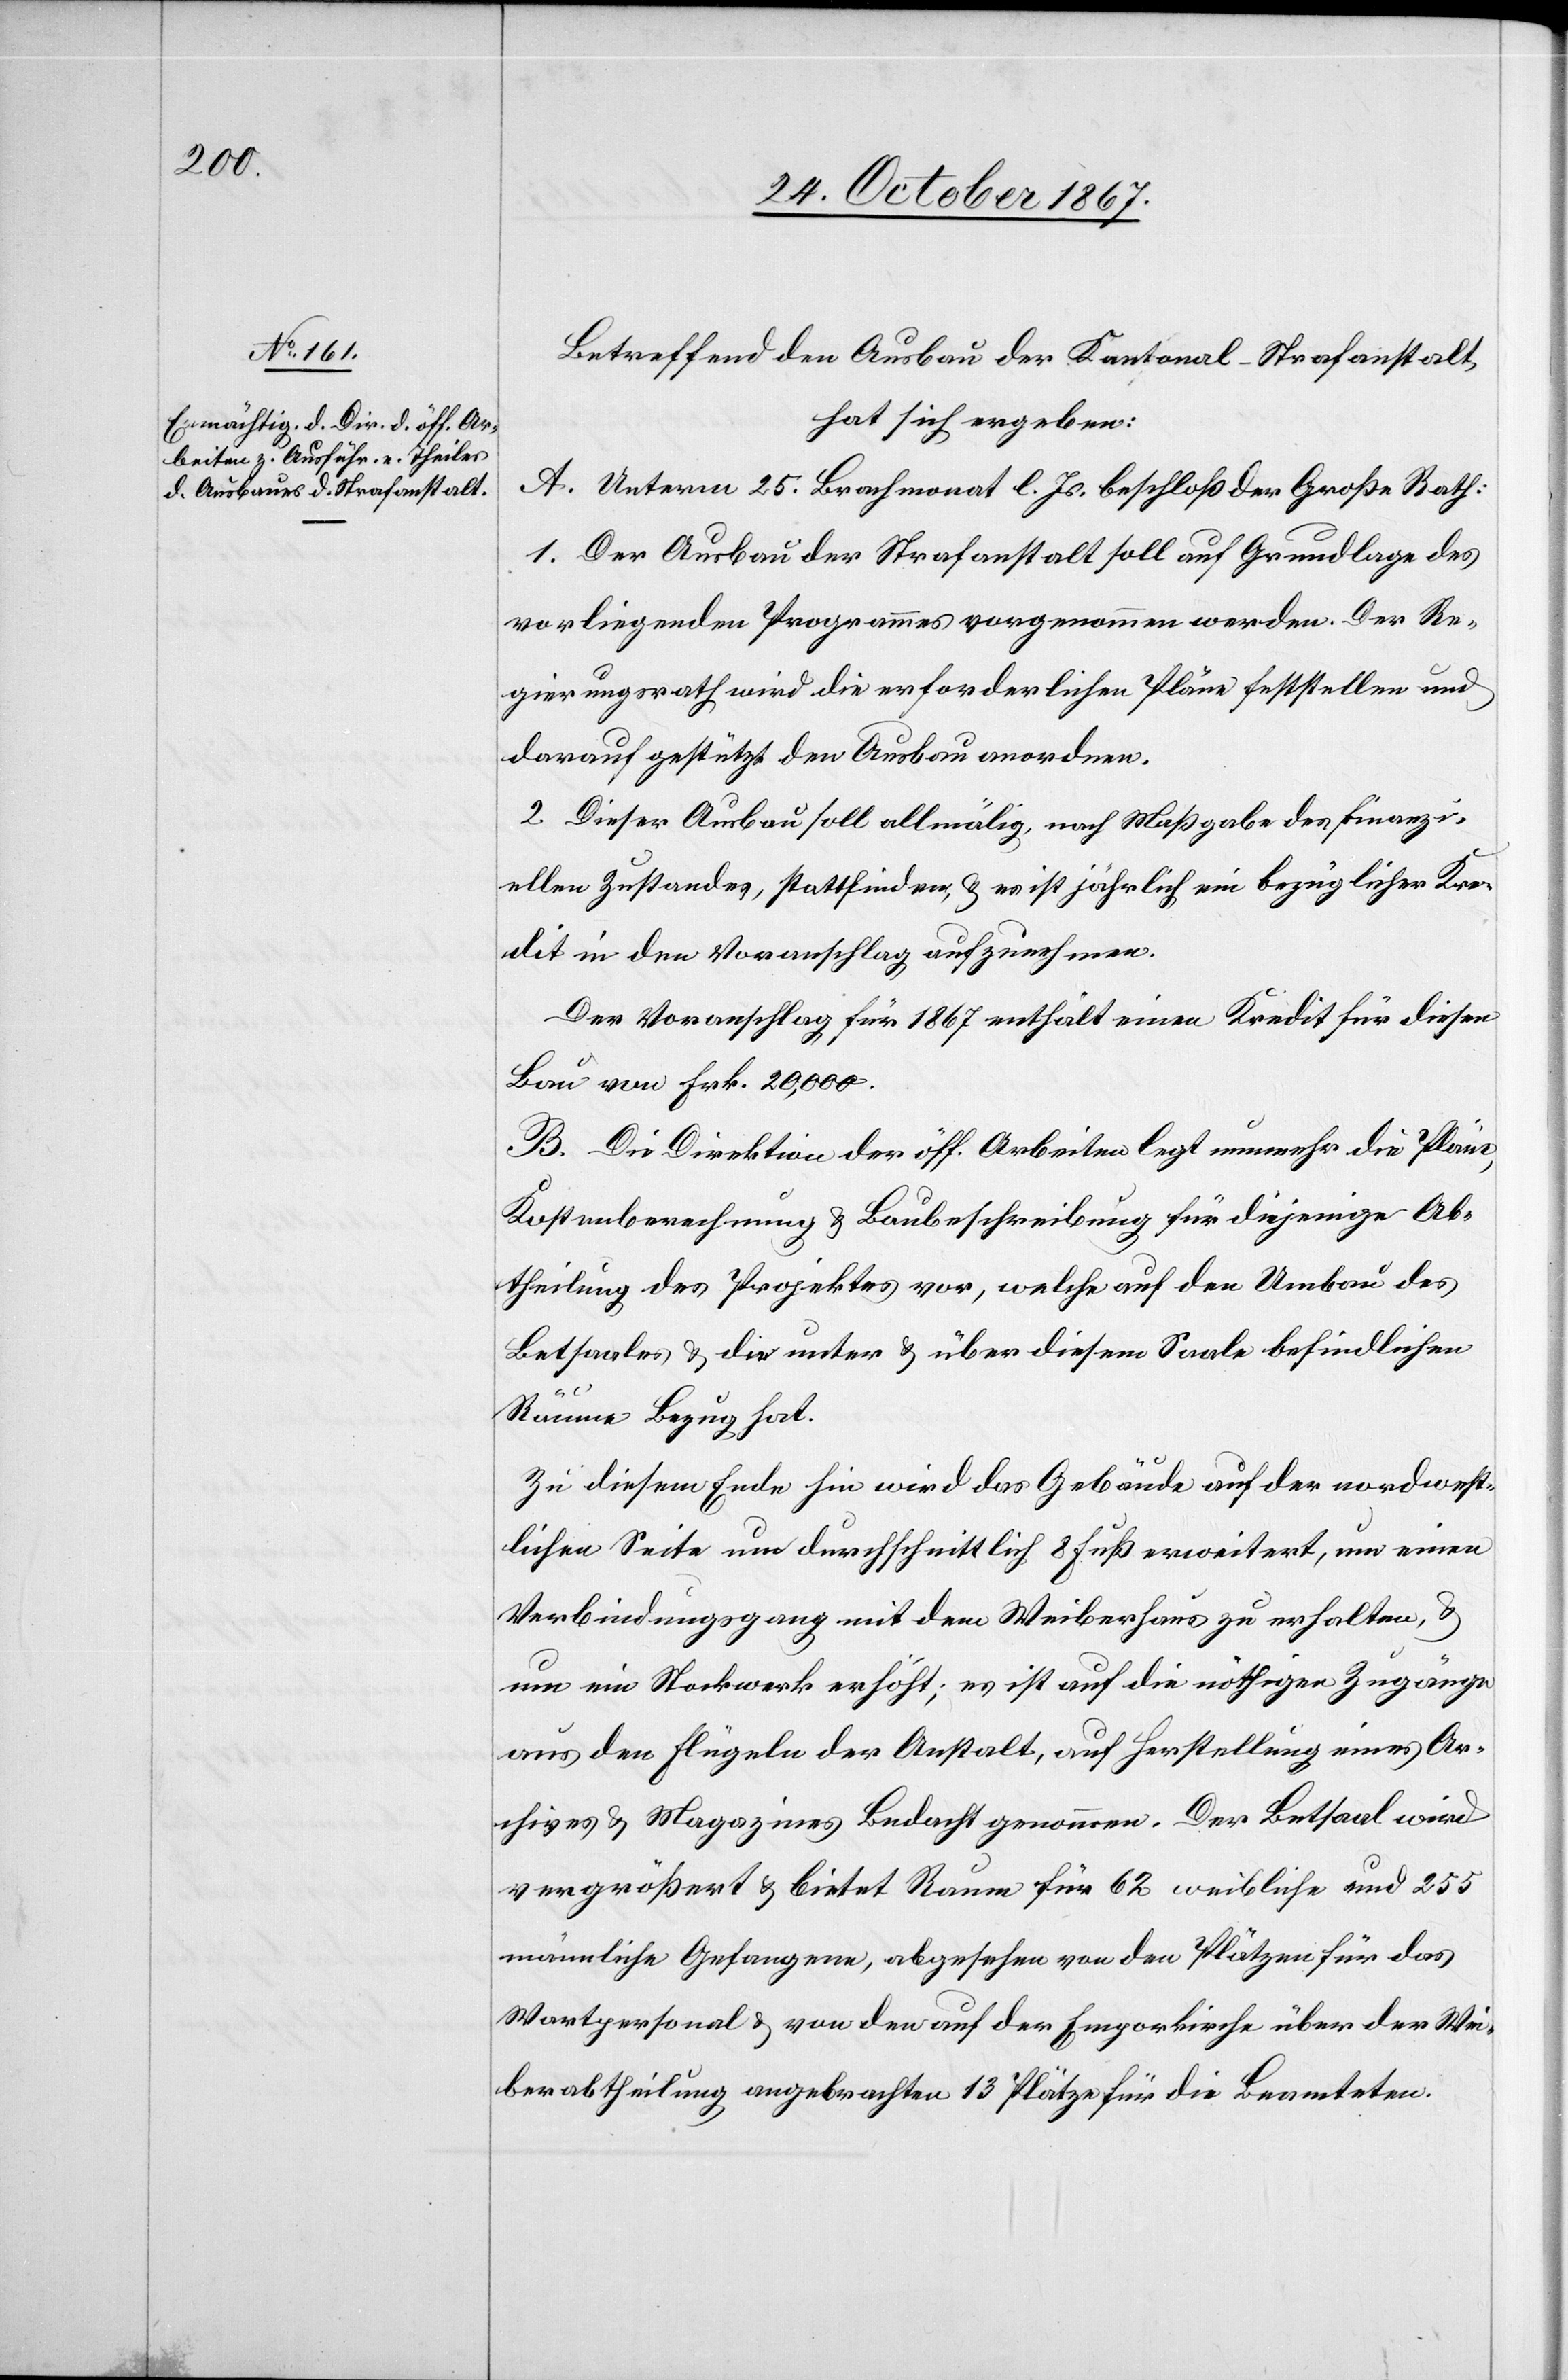
Betreffend den Ausbau der Kantonal-Strafanstalt,
hat sich ergeben:
A. Unterm 25. Brachmonat l. Js. beschloß der Große Rath:
1. Der Ausbau der Strafanstalt soll auf Grundlage des
vorliegenden Programmes vorgenommen werden. Der Re¬
gierungsrath wird die erforderlichen Pläne feststellen und
darauf gestützt den Ausbau anordnen.
2. Dieser Ausbau soll allmälig, nach Maßgabe des finanzi¬
ellen Zustandes, stattfinden, u. es ist jährlich ein bezüglicher Kre¬
dit in den Voranschlag aufzunehmen.
Der Voranschlag für 1867 enthält einen Kredit für diesen
Bau von Frk. 20 000.
B. Die Direktion der öff. Arbeiten legt nunmehr die Pläne,
Kostenberechnung u. Baubeschreibung für diejenige Ab¬
theilung des Projektes vor, welche auf den Umbau des
Betsaales u. die unter u. über diesem Saale befindlichen
Räume Bezug hat.
Zu diesem Ende hin wird das Gebäude auf der nordwest¬
lichen Seite um durchschnittlich 8 Fuß erweitert, um einen
Verbindungsgang mit dem Weiberhaus zu erhalten u.
um ein Stockwerk erhöht; es ist auf die nöthigen Zugänge
aus den Flügeln der Anstalt, auf Herstellung eines Ar¬
chives u. Magazines Bedacht genommen. Der Betsaal wird
vergrößert u. bietet Raum für 62 weibliche und 255
männliche Gefangene, abgesehen von den Plätzen für das
Wartpersonal u. von den auf der Emporkirche über der Wei¬
berabtheilung angebrachten 13 Plätze für die Beamteten.